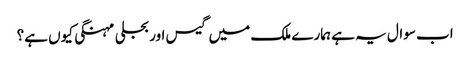
اب سوال یہ ہے ہمارے ملک میں گیس اور بجلی مہنگی کیوں ہے؟